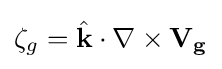
{\zeta _{g}}={{\hat {\mathbf {k} }}\cdot \nabla \times \mathbf {V_{g}} }